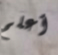
أعلم